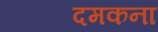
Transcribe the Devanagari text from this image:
दमकना